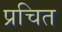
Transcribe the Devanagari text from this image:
प्रचित